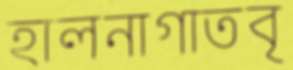
হালনাগাতবৃ